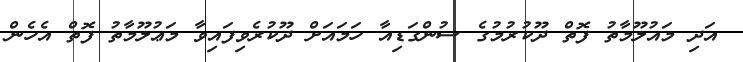
އަދި މައުލޫމާތު ފޮތް ދޫކުރުމުގެ ސުންގަޑިއާ ހަމައަށް ދޫކުރެވިފައިވާ މަޢުލޫމާތު ފޮތް އެހެން